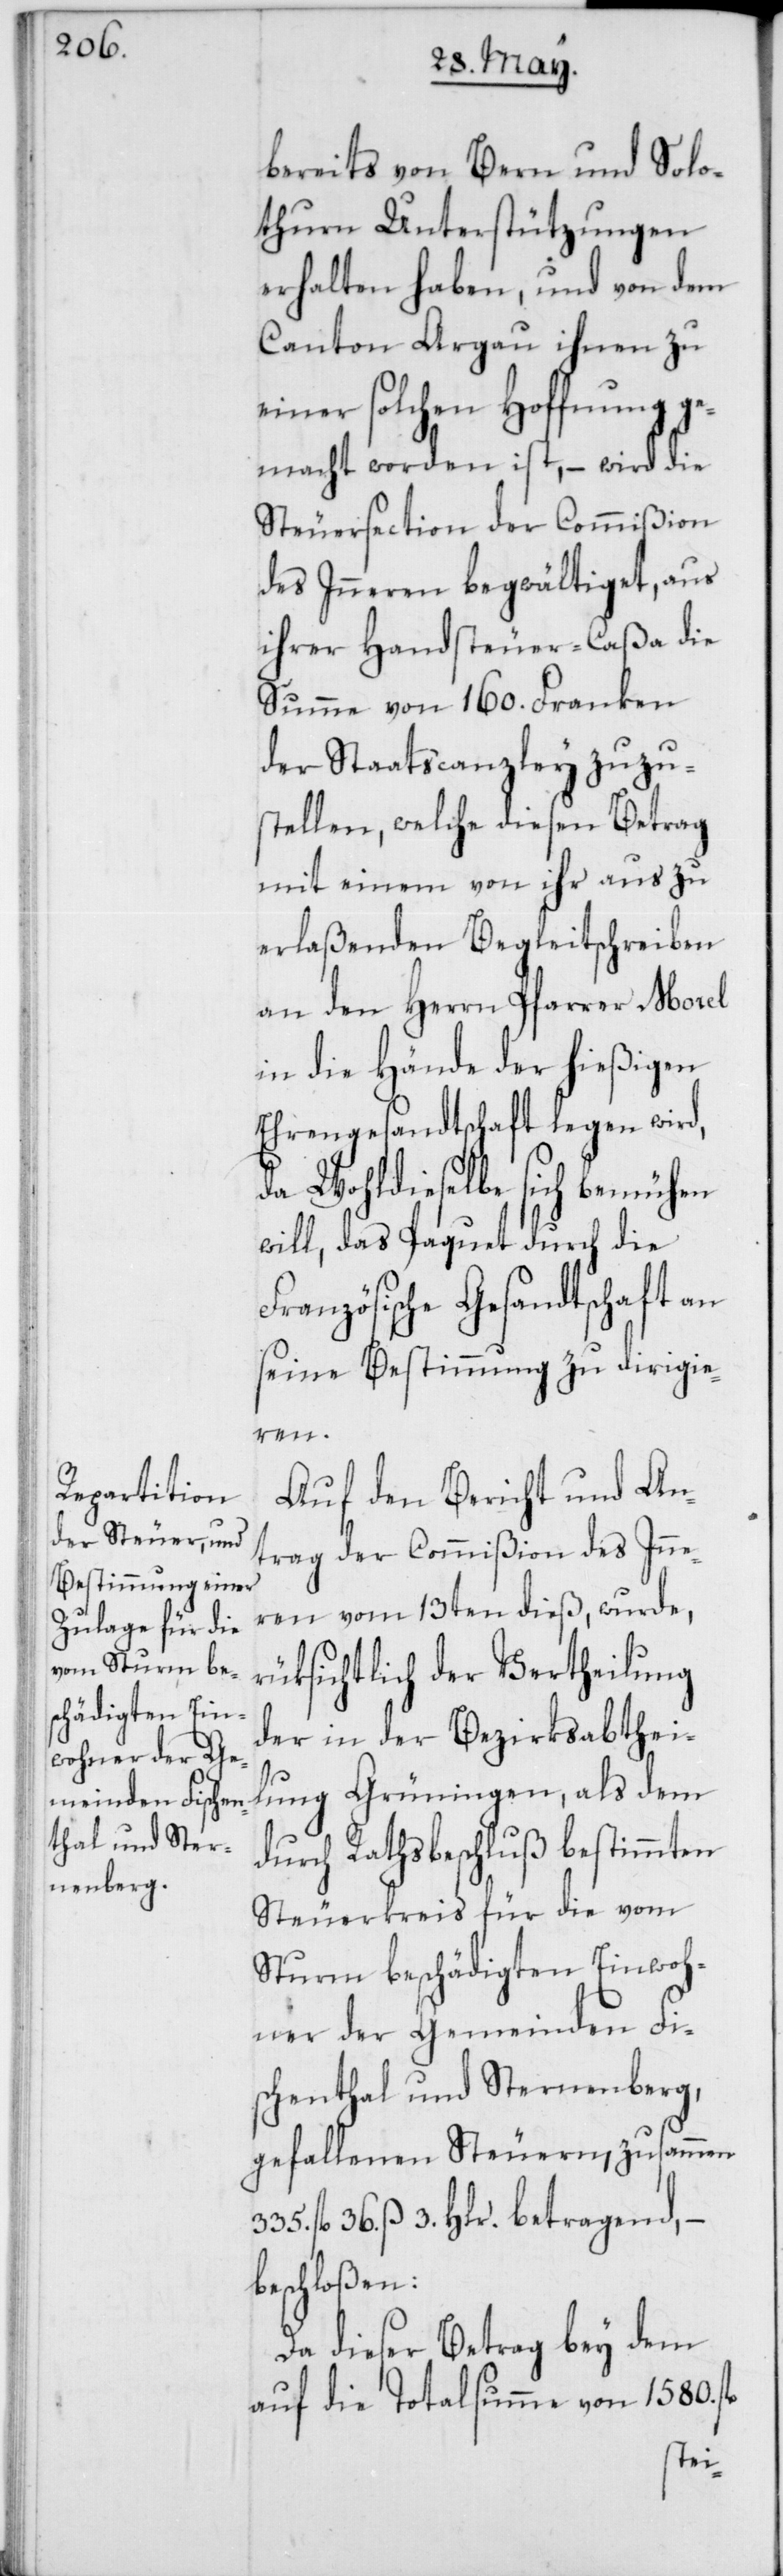
bereits von Bern und Solo¬
thurn Unterstützungen
erhalten haben, und von dem
Canton Argau ihnen zu
einer solchen Hoffnung ge¬
macht worden ist, – wird die
Steuersection der Commißion
des Inneren begwältiget, aus
ihrer Handsteuer-Caßa die
Summe von 160. Franken
der Staatscanzley zuzu¬
stellen, welche diesen Betrag
mit einem von ihr aus zu
erlaßenden Begleitschreiben
an den Herrn Pfarrer Morel
in die Hände der hießigen
Ehrengesandtschaft legen wird,
da Wohldieselbe sich bemühen
will, das Paquet durch die
Französische Gesandtschaft an
seine Bestimmung zu dirigie¬
ren.
Auf den Bericht und An¬
trag der Commißion des Inne¬
ren vom 13ten dieß, wurde,
rüksichtlich der Vertheilung
der in der Bezirksabthei¬
lung Grüningen, als dem
durch Rathsbeschluß bestimmten
Steuerkreis für die vom
Sturm beschädigten Einwoh¬
ner der Gemeinden Fis¬
chenthal und Sternenberg,
gefallenen Steuern, zusammen
fl. 36. ß 3. Hlr. betragend, –
beschloßen:
Da dieser Betrag bey dem
auf die Totalsumme von 1580 fl.